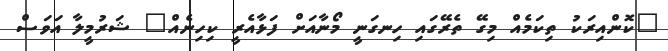
"ކޮންއިރަކު ތިކަމެއް މިގޭ ތެރޭގައި ހިނގަނީ މޯނާއަށް ފަޅާއެރީ ކިހިނެއް" ޝަރުމީލާ އަވަސް